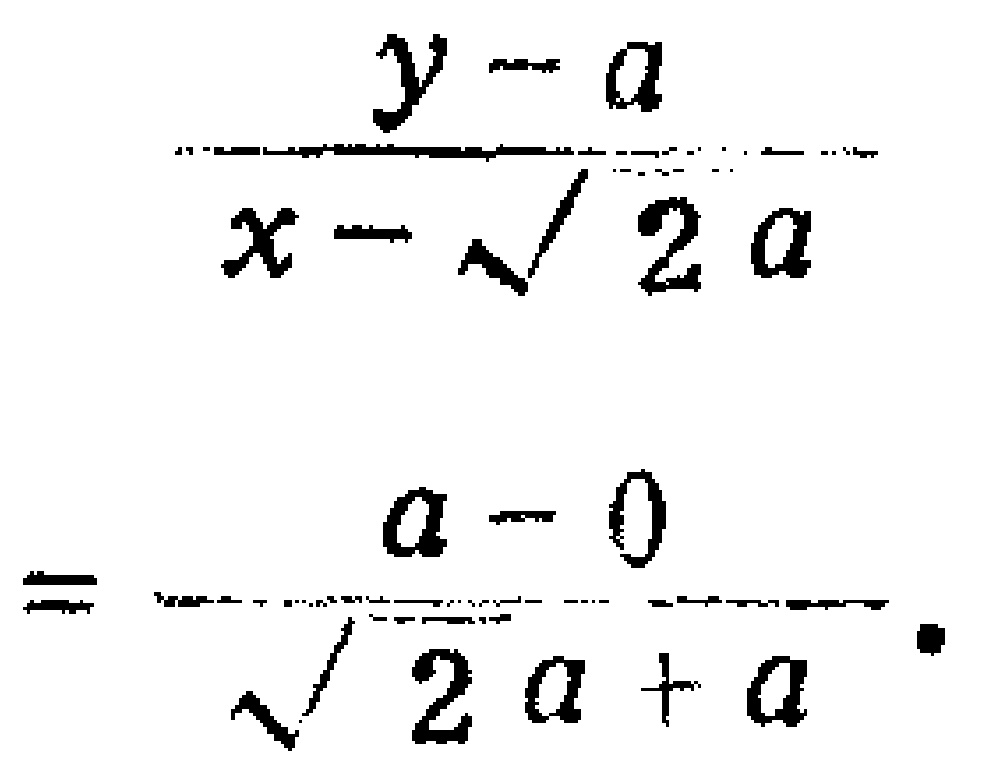
\(\frac{y - a}{x - \sqrt{2}a}=\frac{a - 0}{\sqrt{2}a + a}\)